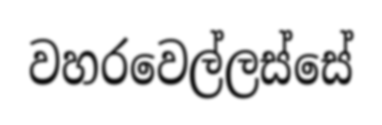
වහරවෙල්ලස්සේ